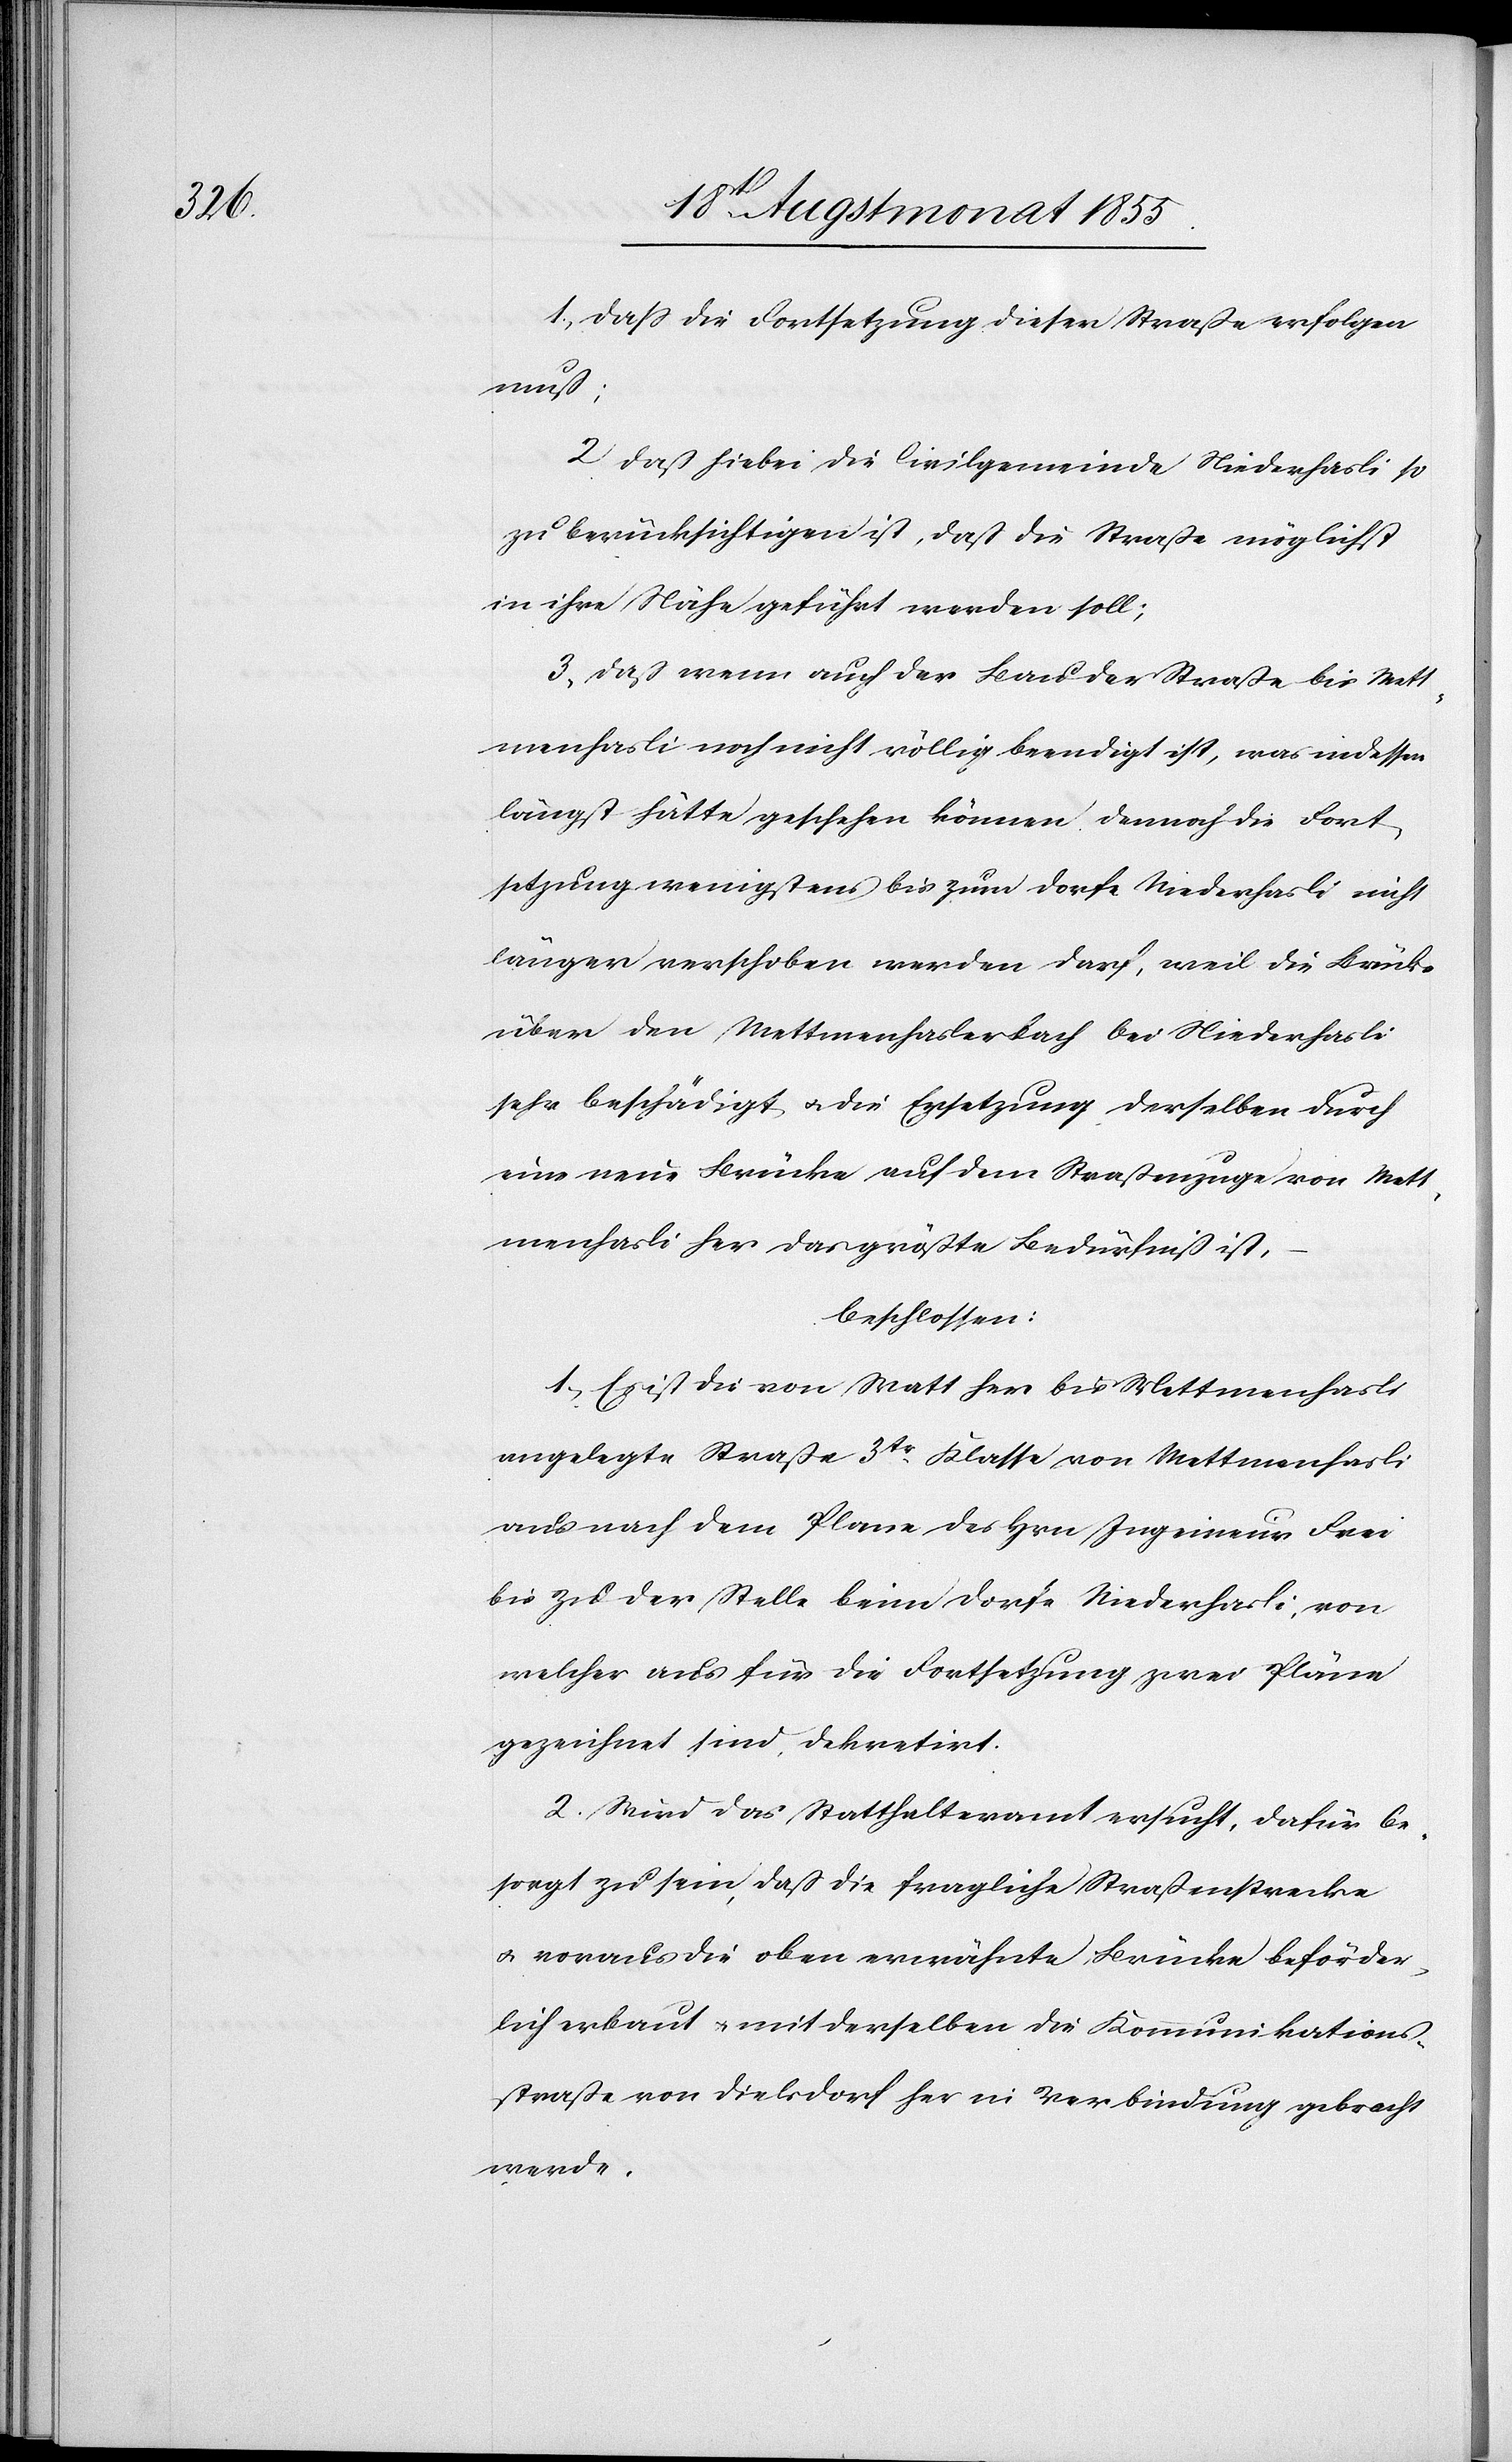
1, dass die Fortsetzung dieser Straße erfolgen
muß;
2 daß hiebei die Civilgemeinde Niederhasli so
zu berücksichtigen ist, daß die Straße möglichst
in ihre Nähe geführt werden soll;
3, daß wenn auch der Bau der Straße bis Mett¬
menhasli noch nicht völlig beendigt ist, was indessen
längst hätte geschehen können, dennoch die Fort¬
setzung wenigstens bis zum Dorfe Niederhasli nicht
länger verschoben werden darf, weil die Brücke
über den Mettmenhaslerbach bei Niederhasli
sehr beschädigt & die Ersetzung derselben durch
eine neue Brücke auf dem Straßenzuge von Mett¬
menhasli her das größte Bedürfniß ist,
beschlossen:
1, Es ist die von Watt her bis Mettmenhasli
angelegte Straße 3tr. Klasse von Mettmenhasli
aus nach dem Plane des Hrn. Ingenieur Frei
bis zu der Stelle beim Dorfe Niederhasli, von
welcher aus für die Fortsetzung zwei Pläne
gezeichnet sind, dekretirt.
2. Wird das Statthalteramt ersucht, dafür be¬
sorgt zu sein, daß die fragliche Straßenstrecke
& voraus die oben erwähnte Brücke beförder¬
lich erbaut & mit derselben die Kommunikations¬
straße von Dielsdorf her in Verbindung gebracht
werde.